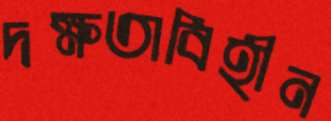
দক্ষতাবিহীন